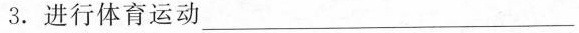
3.进行体育运动_____________